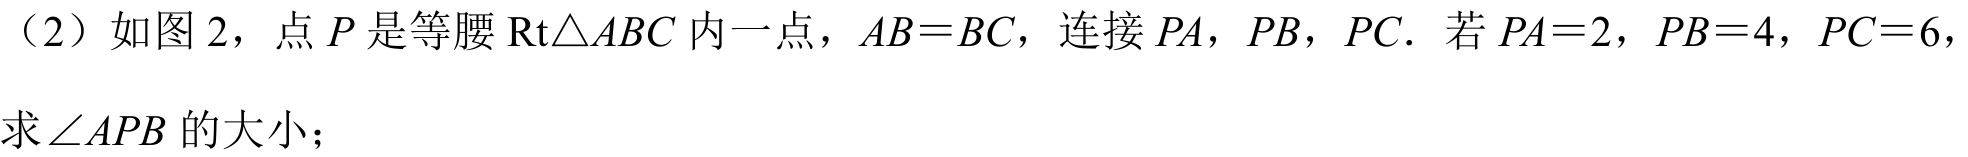
（2）如图 2，点 \(P\) 是等腰 \(\text{Rt}\triangle ABC\) 内一点，\(AB = BC\)，连接 \(PA\)，\(PB\)，\(PC\). 若 \(PA = 2\)，\(PB = 4\)，\(PC = 6\)，
求 \(\angle APB\) 的大小；